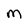
Character: M